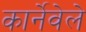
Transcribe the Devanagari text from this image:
कार्नेवेले